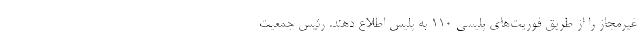
غیرمجاز را از طریق فوریت‌های پلیسی ۱۱۰ به پلیس اطلاع دهند. رئیس جمعیت